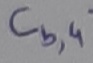
Text: Cb,4